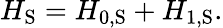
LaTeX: H_{\mathrm{S}}=H_{0,{\mathrm{S}}}+H_{1,{\mathrm{S}}}.